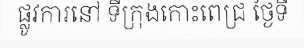
ផ្លូវការនៅ ទីក្រុងកោះពេជ្រ ថ្ងៃទី